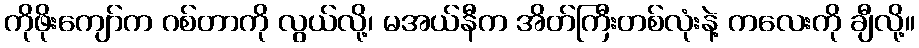
ကိုဖိုးကျော်က ဂစ်တာကို လွယ်လို့၊ မအယ်နီက အိတ်ကြီးတစ်လုံးနဲ့ ကလေးကို ချီလို့။